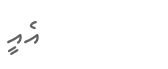
އެއީ